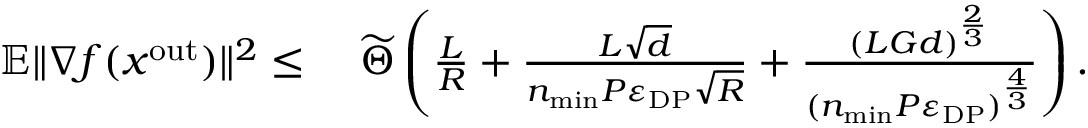
\begin{array} { r l } { \mathbb { E } \| \nabla f ( x ^ { \mathrm { o u t } } ) \| ^ { 2 } \leq } & { \ \widetilde \Theta \left( \frac { L } { R } + \frac { L \sqrt { d } } { n _ { \mathrm { m i n } } P \varepsilon _ { \mathrm { D P } } \sqrt { R } } + \frac { ( L G d ) ^ { \frac { 2 } { 3 } } } { ( n _ { \mathrm { m i n } } P \varepsilon _ { \mathrm { D P } } ) ^ { \frac { 4 } { 3 } } } \right) . } \end{array}